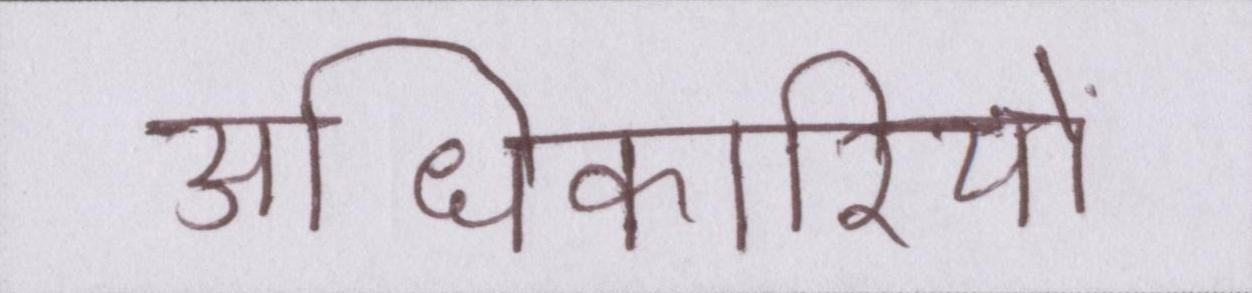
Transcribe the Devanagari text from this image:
आधिकारियों